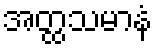
အတ္ထသမာနံ